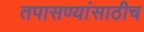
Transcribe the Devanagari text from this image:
तपासण्यांसाठीच